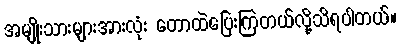
အမျိုးသားများအားလုံး တောထဲပြေးကြတယ်လို့သိရပါတယ်။